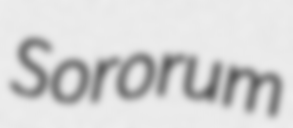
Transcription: Sororum